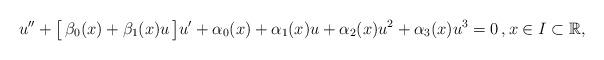
LaTeX: \begin{align*} u'' + \bigl[\,\beta_0(x) + \beta_1(x) u\,\bigr] u' + \alpha_0(x) + \alpha_1(x) u + \alpha_2(x) u^2 + \alpha_3(x) u^3 = 0 \,, x\in I\subset \mathbb{R},\end{align*}